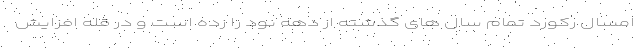
امسال رکورد تمام سال های گذشته از دهه نود را زده است و در قله افزایش